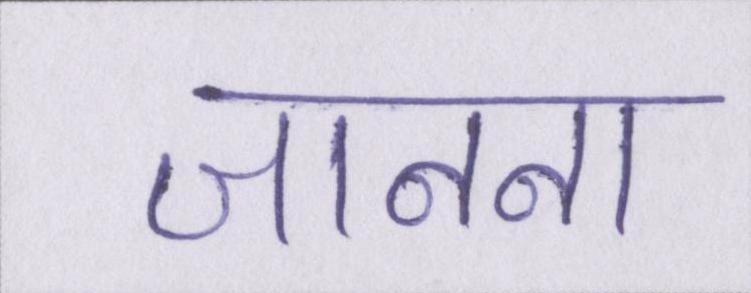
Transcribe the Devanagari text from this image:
जानना